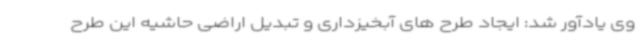
وی یادآور شد: ایجاد طرح های آبخیزداری و تبدیل اراضی حاشیه این طرح